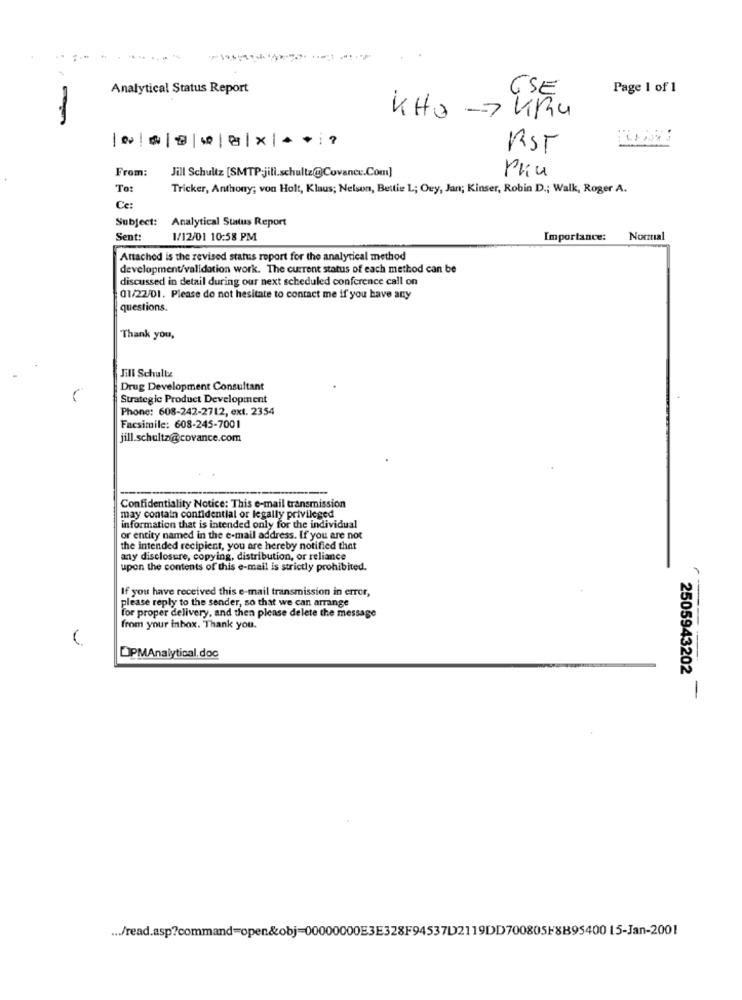
Analytical Status Report
Page 1 of 1
USE
KHO -> KRU
RST
From:
Pku
Jill Schultz [SMTP-jili.schultz@Covance.Com]
To:
Tricker, Anthony; von Holt, Klaus; Nelson, Bettie L; Oey, Jan; Kinser, Robin D .; Walk, Roger A.
Ce:
Subject:
Analytical Status Report
Sent:
1/12/01 10:58 PM
Importance:
Attached is the revised status report for the analytical method
development/validation work. The current status of each method can be
discussed in detail during our next scheduled conference call on
01/22/01. Please do not hesitate to contact me if you have any
questions.
Thank you,
Jill Schultz
Drug Development Consultant
Strategic Product Development
Phone: 608-242-2712, ext. 2354
Facsimile: 608-245-7001
jill.schultz@covance.com
Confidentiality Notice: This e-mail transmission
may contain confidential or legally privileged
information that is intended only for the individual
or entity named in the e-mail address. If you are not
the intended recipient, you are hereby notified that
any disclosure, copying, distribution, or reliance
upon the contents of this e-mail is strictly prohibited.
If you have received this e-mail transmission in error,
please reply to the sender, so that we can arrange
for proper delivery, and then please delete the message
from your inbox. Thank you.
OPMAnalytical.doc
2505943202
-
... /read.asp?command=open&obj=00000000E3E328F94537D2119DD700805F8B95400 15-Jan-2001